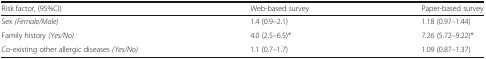
| Risk factor, (95%CI) | Web-based survey | Paper-based survey |
 | --- | --- | --- |
 | Sex (Female/Male) | 1.4 (0.9–2.1) | 1.18 (0.97–1.44) |
 | Family history (Yes/No) | 4.0 (2.5–6.5)* | 7.26 (5.72–9.22)* |
 | Co-existing other allergic diseases (Yes/No) | 1.1 (0.7–1.7) | 1.09 (0.87–1.37) |